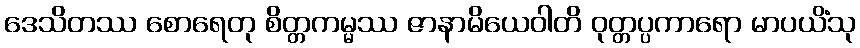
ဒေသိတဿ စောရေတု စိတ္တကမ္မဿ ဇာနာမိယေဝါတိ ဝုတ္တပ္ပကာရော မာပယိံသု